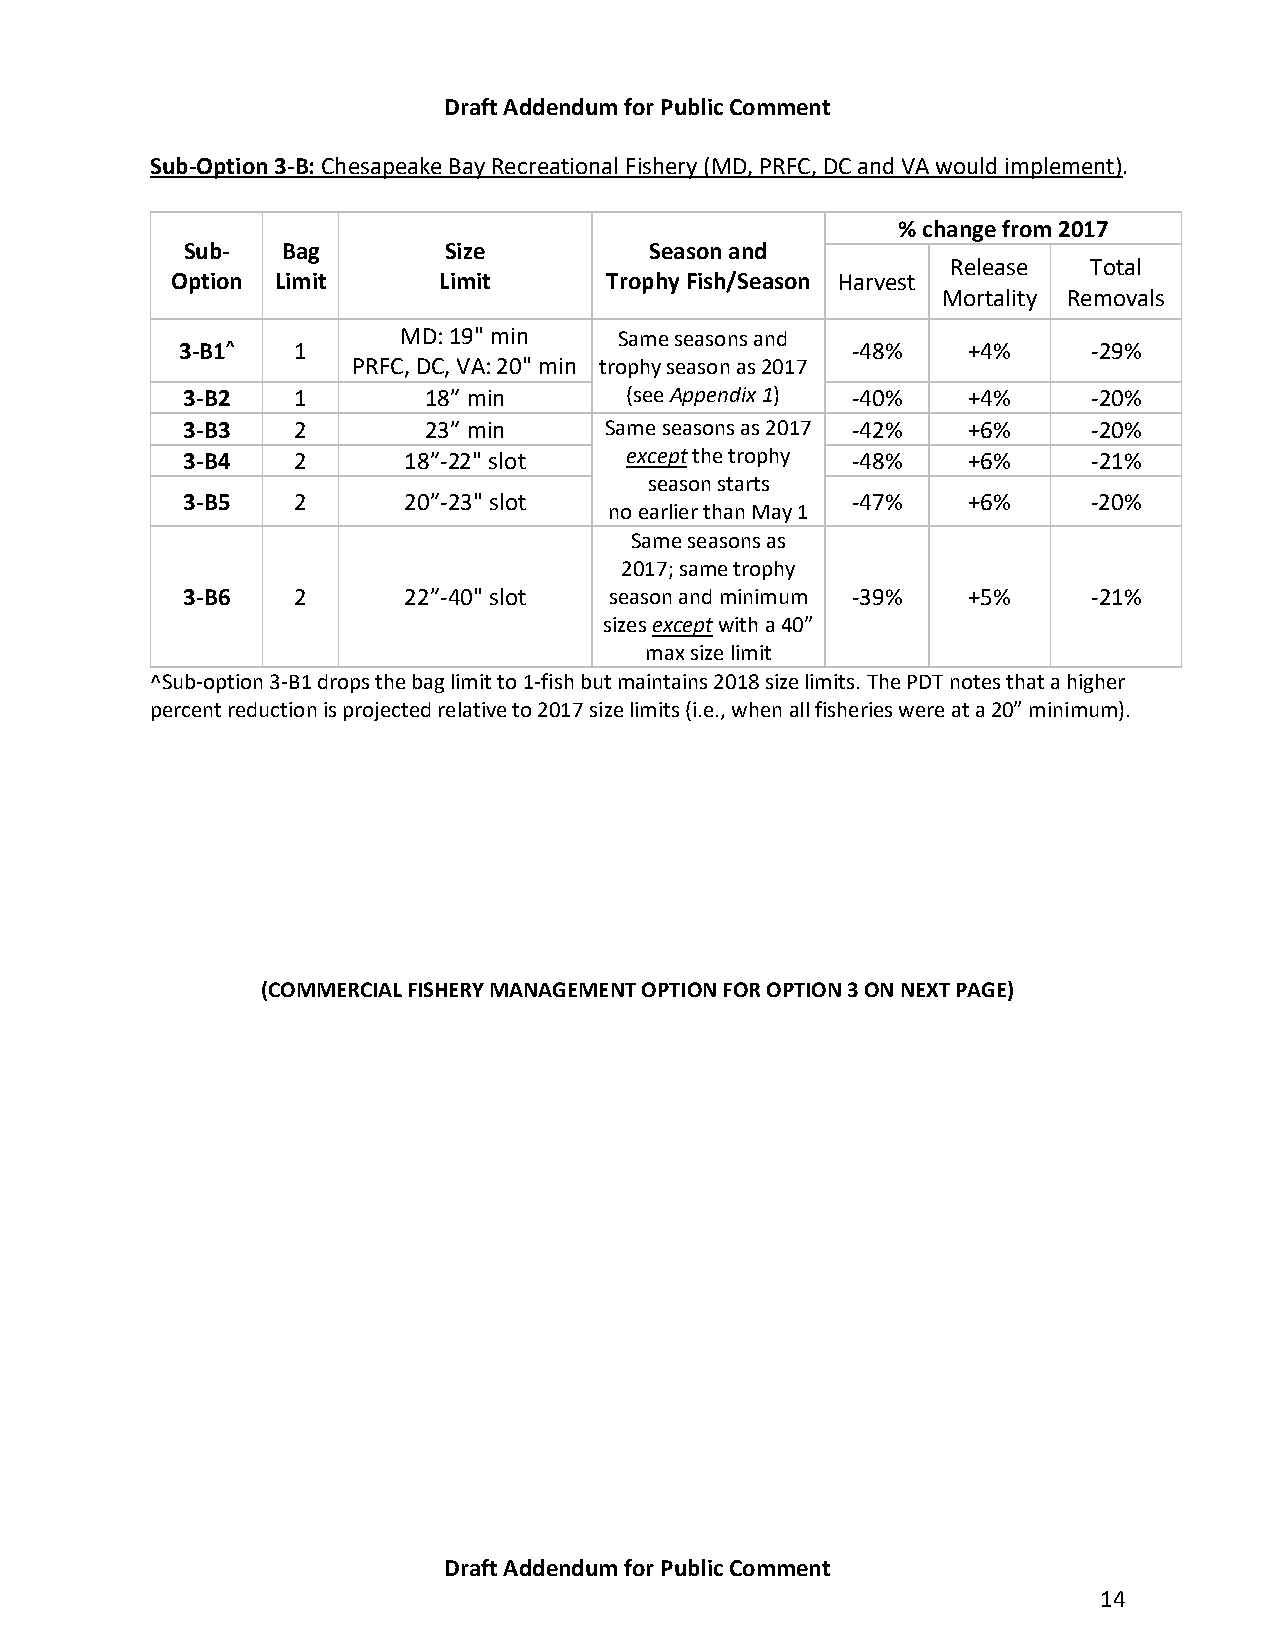
Draft Addendum for Public Comment
 Sub-Option 3-B: Chesapeake Bay Recreational Fishery (MD, PRFC, DC and VA would implement).
 % change from 2017
 Sub-   Bag       Size          Season and
 Release  Total
 Option Limit      Limit      Trophy Fish/Season Harvest
 Mortality Removals
 MD: 19" min   Same seasons and
 3-B1^  1                                    -48%    +4%     -29%
 PRFC, DC, VA: 20" min trophy season as 2017
 3-B2   1        18” min      (see Appendix 1) -40%  +4%     -20%
 3-B3   2        23” min     Same seasons as 2017 -42% +6%   -20%
 3-B4   2       18”-22" slot  except the trophy -48% +6%     -21%
 season starts
 3-B5   2       20”-23" slot                 -47%    +6%     -20%
 no earlier than May 1
 Same seasons as
 2017; same trophy
 3-B6   2       22”-40" slot season and minimum -39% +5%     -21%
 sizes except with a 40”
 max size limit
 ^Sub-option 3-B1 drops the bag limit to 1-fish but maintains 2018 size limits. The PDT notes that a higher
 percent reduction is projected relative to 2017 size limits (i.e., when all fisheries were at a 20” minimum).
 (COMMERCIAL FISHERY MANAGEMENT OPTION FOR OPTION 3 ON NEXT PAGE)
 Draft Addendum for Public Comment
 14